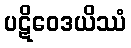
ပဋိဝေဒယိဿံ